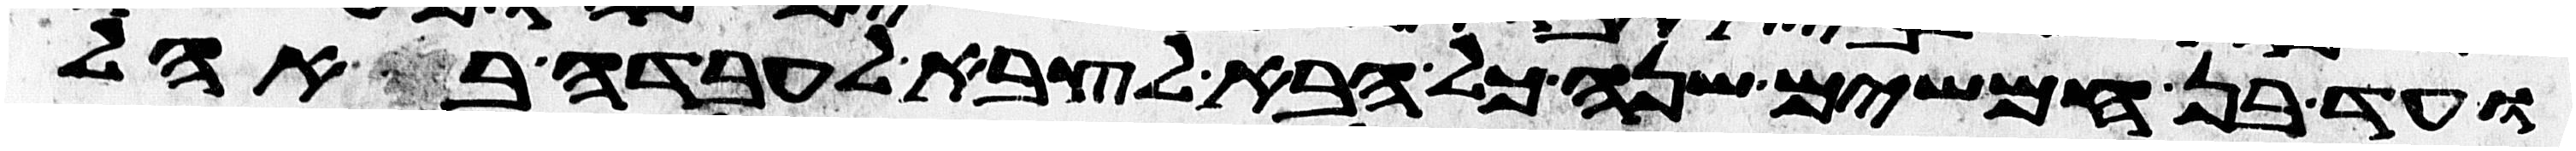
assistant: ועד בן חמשים שנה כל הבא לצבא לעבדה באהל